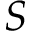
S